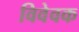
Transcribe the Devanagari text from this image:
विवेवक